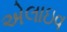
એલાઇવ